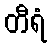
တီရံ